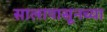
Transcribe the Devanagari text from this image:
सालापासूनच्या